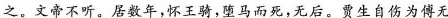
\underline{之}。文帝不听。居数年,怀王骑,虽马而死,无后。贾生自伤为傅无